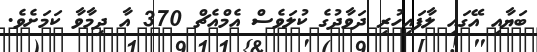
ބަޔާއި އޭގައި ލާފައިހުރި ދަވާދުގެ ކުލަވެސް އެމްއެޗް 370 އާ ދިމާވާ ކަމަށެވެ.